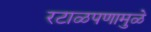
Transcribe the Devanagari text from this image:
रटाळपणामुळे